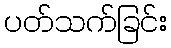
ပတ်သက်ခြင်း